Punjab Mental Hospital Lahore 1932-46 - 1932-1946
Year: 1932
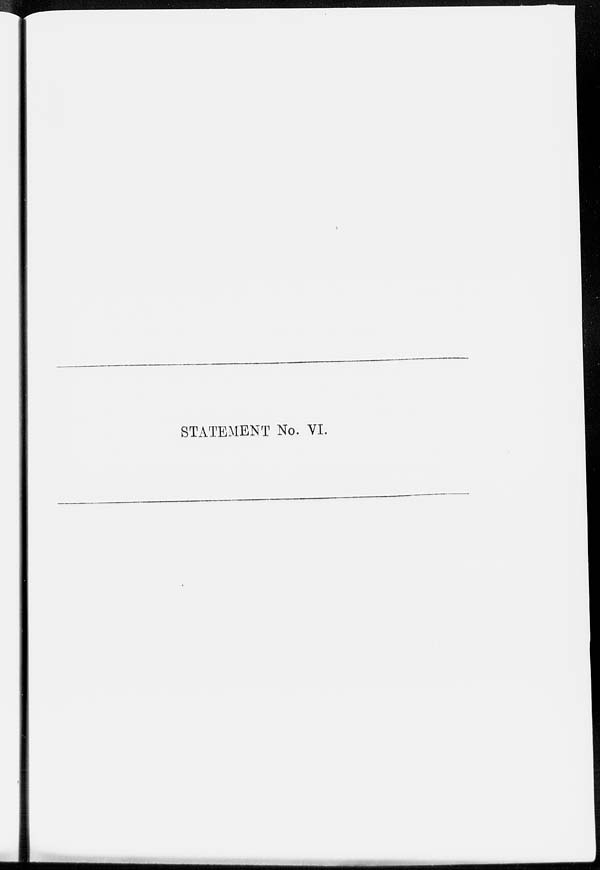
STATEMENT No. VI.